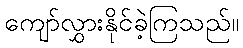
ကျော်လွှားနိုင်ခဲ့ကြသည်။